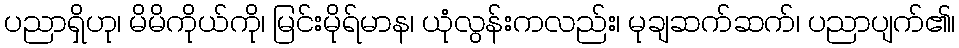
ပညာရှိဟု၊ မိမိကိုယ်ကို၊ မြင်းမိုရ်မာန၊ ယုံလွန်းကလည်း၊ မုချဆက်ဆက်၊ ပညာပျက်၏၊